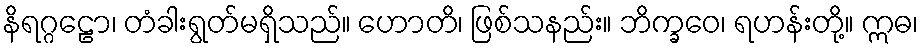
နိရဂ္ဂဠော၊ တံခါးရွတ်မရှိသည်။ ဟောတိ၊ ဖြစ်သနည်း။ ဘိက္ခဝေ၊ ရဟန်းတို့။ ဣဓ၊